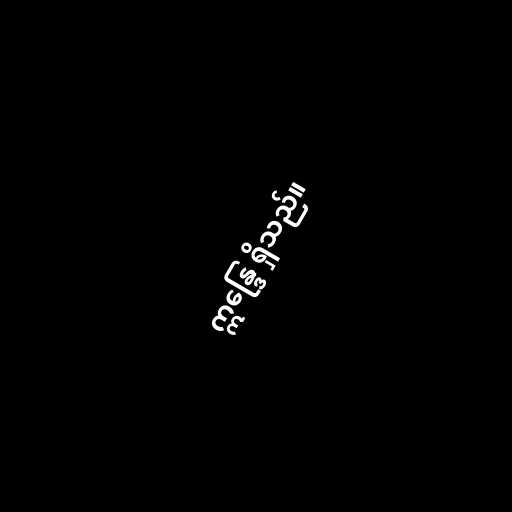
ဣန္ဒြေ ရှိသည်။